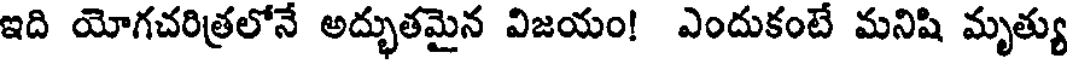
ఇది యోగచరిత్రలోనే అద్భుతమైన విజయం! ఎందుకంటే మనిషి మృత్యు